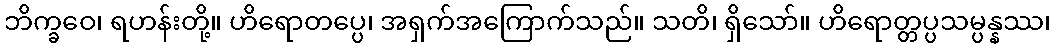
ဘိက္ခဝေ၊ ရဟန်းတို့။ ဟိရောတပ္ပေ၊ အရှက်အကြောက်သည်။ သတိ၊ ရှိသော်။ ဟိရောတ္တပ္ပသမ္ပန္နဿ၊